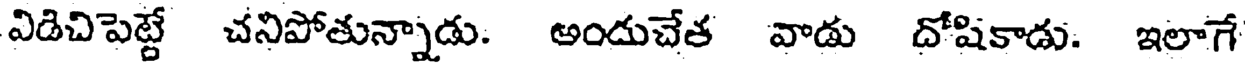
విడిచిపెట్టే చనిపోతున్నాడు. అందుచేత వాడు దోషికాడు. ఇలాగే